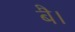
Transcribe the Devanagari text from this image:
बै।